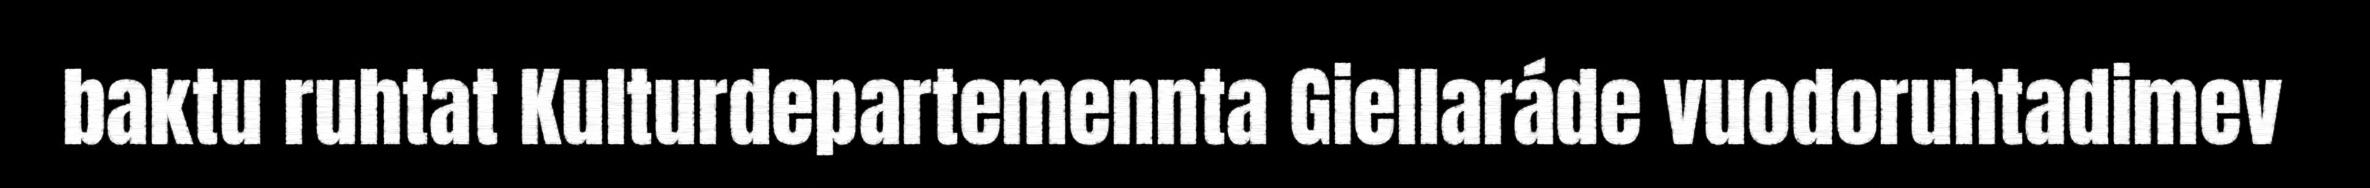
baktu ruhtat Kulturdepartemennta Giellaráde vuodoruhtadimev